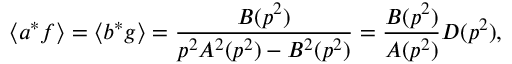
\langle a ^ { * } f \rangle = \langle b ^ { * } g \rangle = \frac { B ( p ^ { 2 } ) } { p ^ { 2 } A ^ { 2 } ( p ^ { 2 } ) - B ^ { 2 } ( p ^ { 2 } ) } = \frac { B ( p ^ { 2 } ) } { A ( p ^ { 2 } ) } D ( p ^ { 2 } ) ,